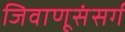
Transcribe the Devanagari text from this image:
जिवाणूसंसर्ग